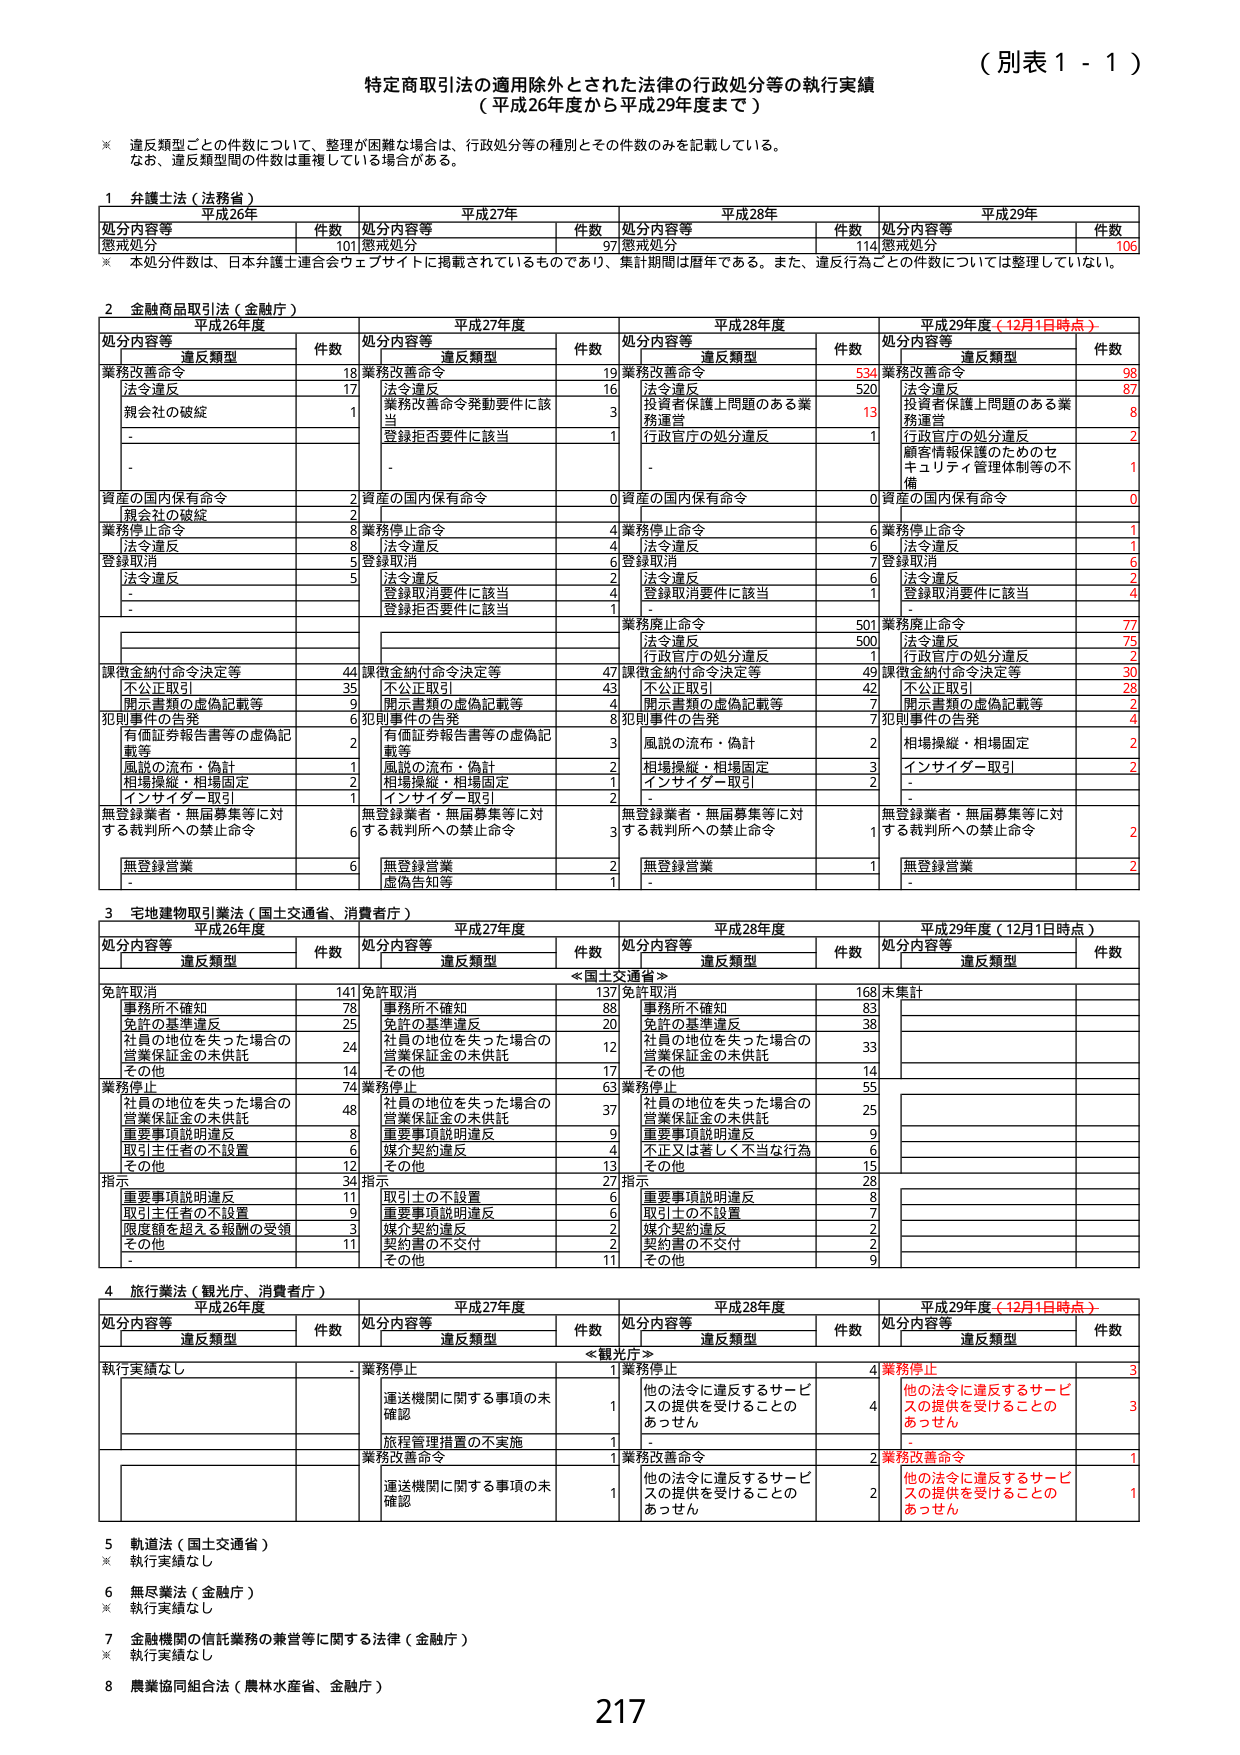
（別表１－１）

特定商取引法の適用除外とされた法律の行政処分等の執行実績
（平成26年度から平成29年度まで）

※ 違反類型ごとの件数について、整理が困難な場合は、行政処分等の種別とその件数のみを記載している。
　なお、違反類型間の件数は重複している場合がある。

１ 弁護士法（法務省）
　　　平成26年　　　　　　　　　平成27年　　　　　　　　　平成28年　　　　　　　　　平成29年
処分内容等　　　件数　　　処分内容等　　　件数　　　処分内容等　　　件数　　　処分内容等　　　件数
懲戒処分　　　　101　　　懲戒処分　　　　97　　　懲戒処分　　　　114　　　懲戒処分　　　　106
※ 本処分件数は、日本弁護士連合会ウェブサイトに掲載されているものであり、集計期間は暦年である。また、違反行為ごとの件数については整理していない。

２ 金融商品取引法（金融庁）
　　　平成26年度　　　　　　　　　平成27年度　　　　　　　　　平成28年度　　　　　　　　　平成29年度（12月1日時点）
処分内容等　　　違反類型　　　件数　　　処分内容等　　　違反類型　　　件数　　　処分内容等　　　違反類型　　　件数　　　処分内容等　　　違反類型　　　件数
業務改善命令　　　　　　　　18　　　業務改善命令　　　　　　　　19　　　業務改善命令　　　　　　　　534　　　業務改善命令　　　　　　　　98
　法令違反　　　　　　　　17　　　　法令違反　　　　　　　　16　　　　法令違反　　　　　　　　520　　　　法令違反　　　　　　　　87
　親会社の破綻　　　　　　1　　　　業務改善命令発動要件に該当　　　3　　　　投資者保護上問題のある業務運営　　　13　　　　投資者保護上問題のある業務運営　　　8
　-　　　　　　　　　　　　-　　　　登録拒否要件に該当　　　　1　　　　行政官庁の処分違反　　　　1　　　　行政官庁の処分違反　　　　2
　-　　　　　　　　　　　　-　　　　-　　　　　　　　　　　　-　　　　-　　　　　　　　　　　　-　　　　顧客情報保護のためのセキュリティ管理体制等の不備　　　1
資産の国内保有命令　　　　2　　　資産の国内保有命令　　　　0　　　資産の国内保有命令　　　　0　　　資産の国内保有命令　　　　0
　親会社の破綻　　　　　　2　　　　-　　　　　　　　　　　　-　　　　-　　　　　　　　　　　　-　　　　-　　　　　　　　　　　　-
業務停止命令　　　　　　　　8　　　業務停止命令　　　　　　　　4　　　業務停止命令　　　　　　　　6　　　業務停止命令　　　　　　　　1
　法令違反　　　　　　　　8　　　　法令違反　　　　　　　　4　　　　法令違反　　　　　　　　6　　　　法令違反　　　　　　　　1
登録取消　　　　　　　　5　　　登録取消　　　　　　　　6　　　登録取消　　　　　　　　7　　　登録取消　　　　　　　　6
　法令違反　　　　　　　　5　　　　法令違反　　　　　　　　2　　　　法令違反　　　　　　　　6　　　　法令違反　　　　　　　　2
　-　　　　　　　　　　　　-　　　　登録取消要件に該当　　　　4　　　　登録取消要件に該当　　　　1　　　　登録取消要件に該当　　　　4
　-　　　　　　　　　　　　-　　　　登録拒否要件に該当　　　　1　　　　-　　　　　　　　　　　　-　　　　-　　　　　　　　　　　　-